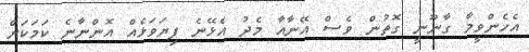
އެހެންވީމާ ގާނޫނީ ގޮތުން ވެސް އޭނާއާ މެދު އެޅޭނެ ފިޔަވަޅެއް އޮންނާނެ ކަމަކަށް